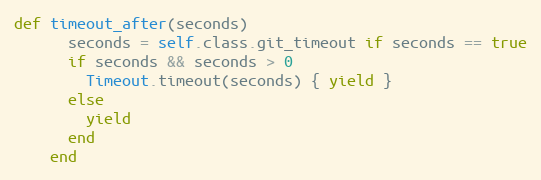
Language: Ruby
def timeout_after(seconds)
      seconds = self.class.git_timeout if seconds == true
      if seconds && seconds > 0
        Timeout.timeout(seconds) { yield }
      else
        yield
      end
    end